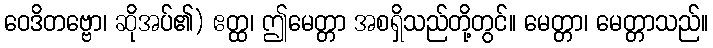
ဝေဒိတဗ္ဗော၊ ဆိုအပ်၏) ဧတ္ထ၊ ဤမေတ္တာ အစရှိသည်တို့တွင်။ မေတ္တာ၊ မေတ္တာသည်။